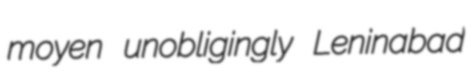
moyen unobligingly Leninabad